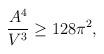
LaTeX: \begin{align*}\frac{A^4}{V^{3}} \ge 128 \pi^2 ,\end{align*}